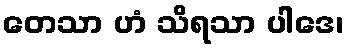
တေသာ ဟံ သိရသာ ပါဒေ၊